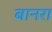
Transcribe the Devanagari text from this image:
बानरा